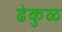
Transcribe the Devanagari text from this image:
ढेकुळ